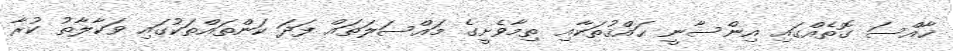
ޚާއްސަ ގޮތެއްގައި އިންސާނީ ޙައްޤުތަކާއި ތިމާވެށީގެ މައްސަލަތައް ފަދަ ކަންތައްތަކުގައި ވަކާލާތު ކުރާ